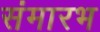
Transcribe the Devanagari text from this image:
संमारभ